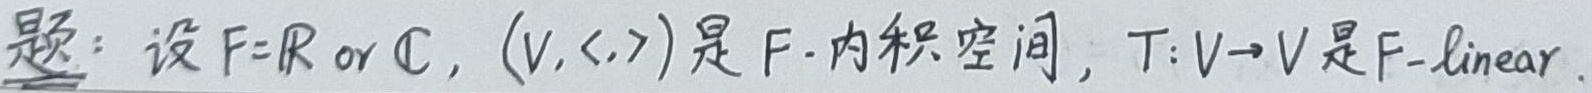
题：设\(F = \mathbb{R}\) or \(\mathbb{C}\)，\((V, \langle\cdot, \cdot\rangle)\)是\(F -\)内积空间，\(T: V\rightarrow V\)是\(F-linear\)。